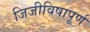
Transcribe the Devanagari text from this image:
जिजीविषापूर्ण